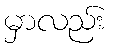
မှာလည်း